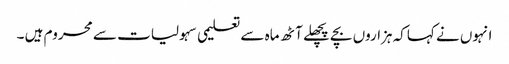
انہوں نے کہاکہ ہزاروں بچے پچھلے آٹھ ماہ سے تعلیمی سہولیات سے محروم ہیں ۔